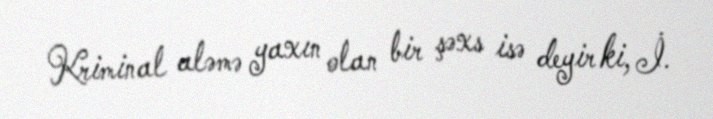
Kriminal aləmə yaxın olan bir şəxs isə deyir ki, İ.